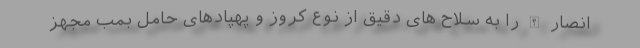
انصار الله را به سلاح های دقیق از نوع کروز و پهپادهای حامل بمب مجهز